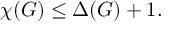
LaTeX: \chi ( G ) \leq \Delta ( G ) + 1 .